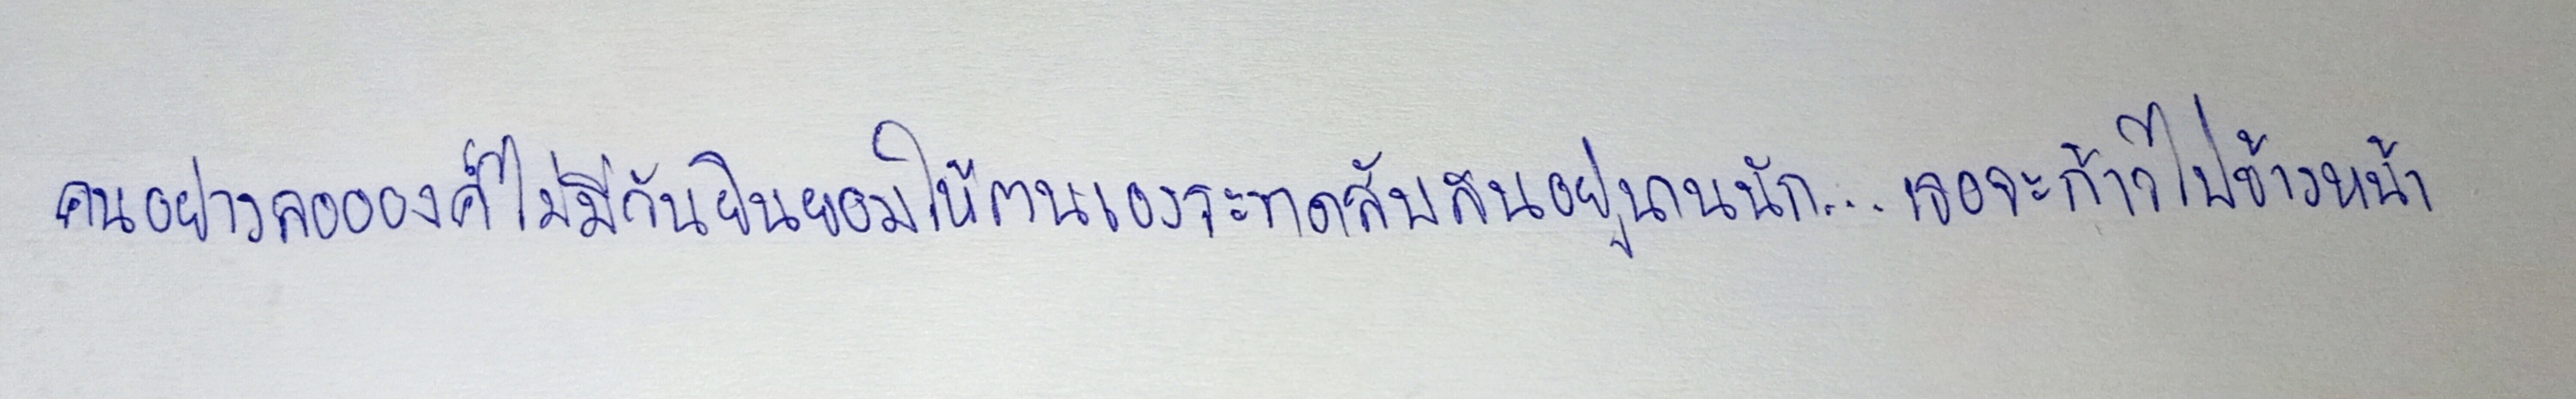
คนอย่างลออองค์ไม่มีวันยินยอมให้ตนเองระทดสับสนอยู่นานนัก...เธอจะก้าวไปข้างหน้า